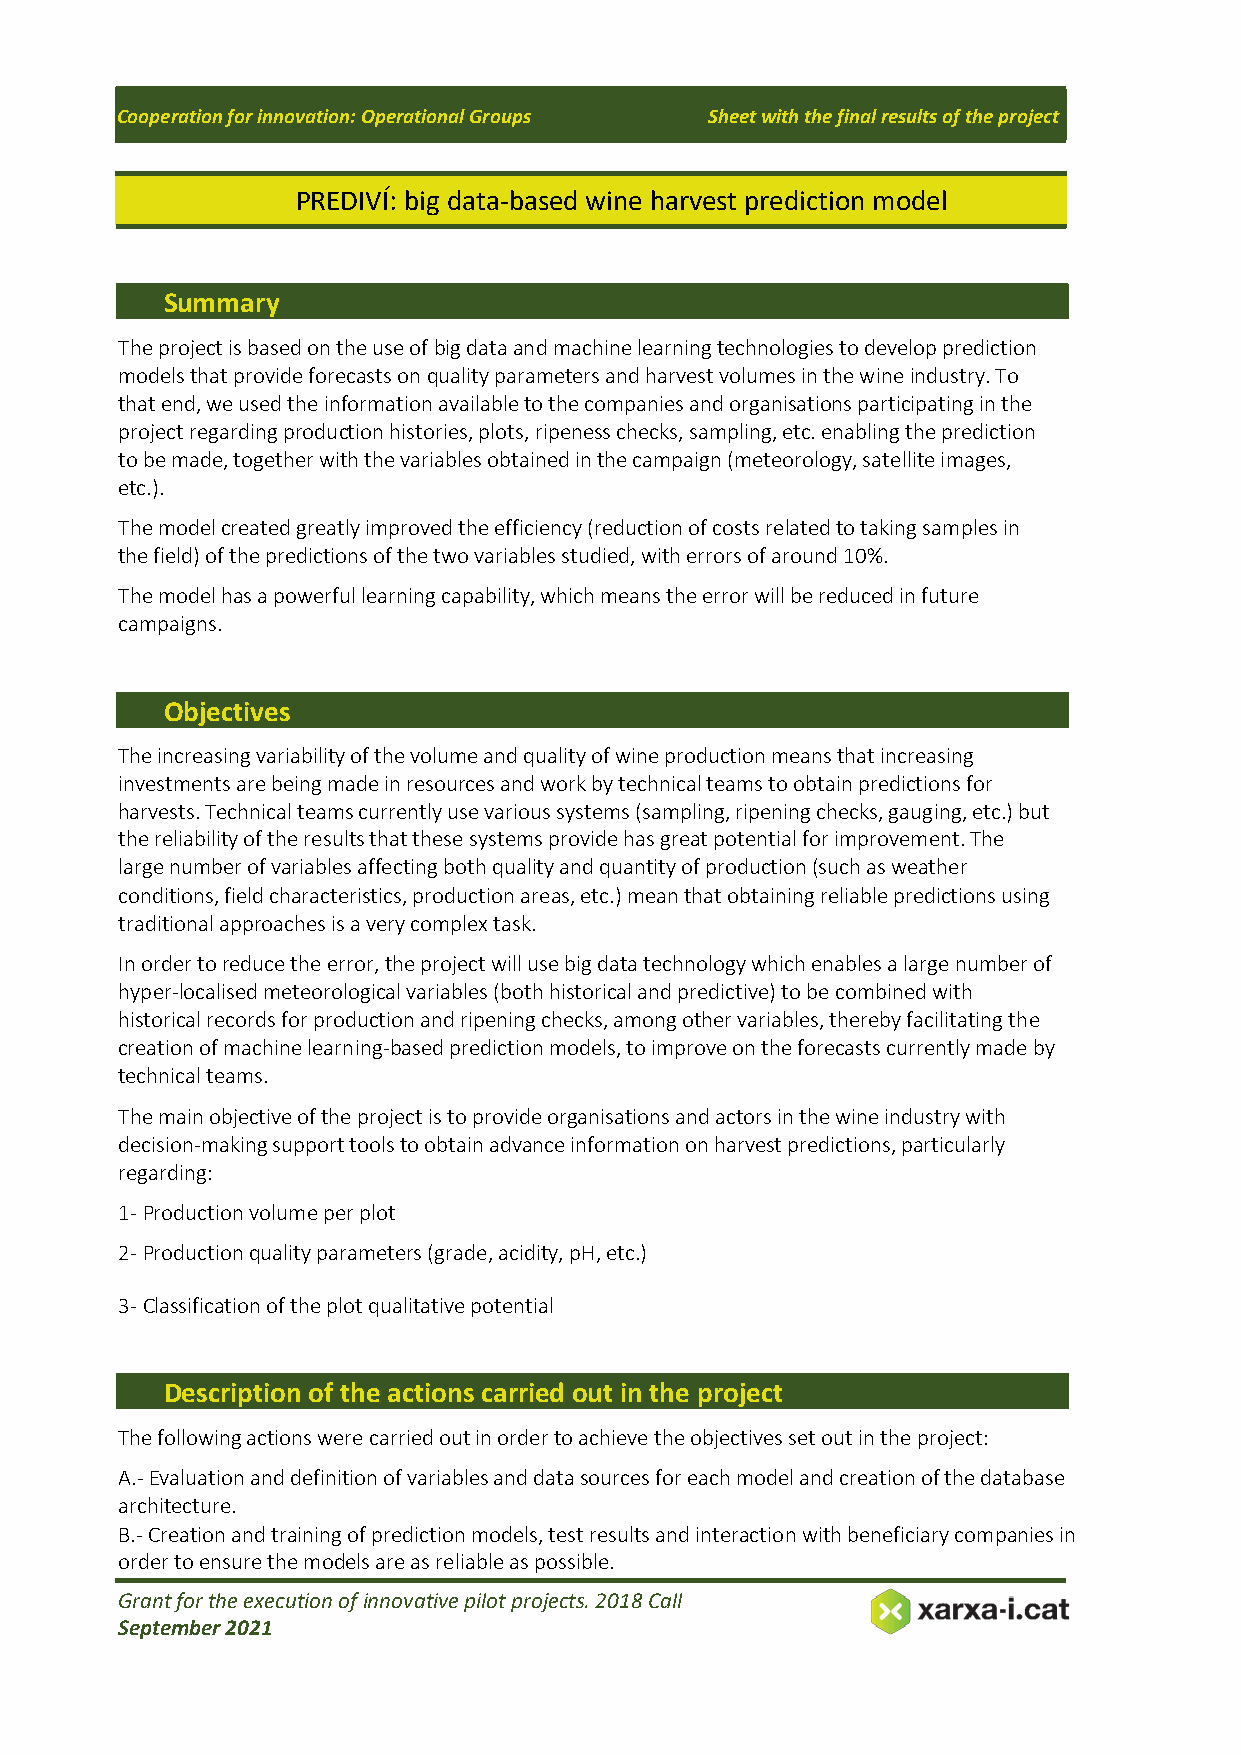
Cooperation for innovation: Operational Groups Sheet with the final results of the project
 PREDIVÍ: big data-based wine harvest prediction model
 Summary
 The project is based on the use of big data and machine learning technologies to develop prediction
 models that provide forecasts on quality parameters and harvest volumes in the wine industry. To
 that end, we used the information available to the companies and organisations participating in the
 project regarding production histories, plots, ripeness checks, sampling, etc. enabling the prediction
 to be made, together with the variables obtained in the campaign (meteorology, satellite images,
 etc.).
 The model created greatly improved the efficiency (reduction of costs related to taking samples in
 the field) of the predictions of the two variables studied, with errors of around 10%.
 The model has a powerful learning capability, which means the error will be reduced in future
 campaigns.
 Objectives
 The increasing variability of the volume and quality of wine production means that increasing
 investments are being made in resources and work by technical teams to obtain predictions for
 harvests. Technical teams currently use various systems (sampling, ripening checks, gauging, etc.) but
 the reliability of the results that these systems provide has great potential for improvement. The
 large number of variables affecting both quality and quantity of production (such as weather
 conditions, field characteristics, production areas, etc.) mean that obtaining reliable predictions using
 traditional approaches is a very complex task.
 In order to reduce the error, the project will use big data technology which enables a large number of
 hyper-localised meteorological variables (both historical and predictive) to be combined with
 historical records for production and ripening checks, among other variables, thereby facilitating the
 creation of machine learning-based prediction models, to improve on the forecasts currently made by
 technical teams.
 The main objective of the project is to provide organisations and actors in the wine industry with
 decision-making support tools to obtain advance information on harvest predictions, particularly
 regarding:
 1- Production volume per plot
 2- Production quality parameters (grade, acidity, pH, etc.)
 3- Classification of the plot qualitative potential
 Description of the actions carried out in the project
 The following actions were carried out in order to achieve the objectives set out in the project:
 A.- Evaluation and definition of variables and data sources for each model and creation of the database
 architecture.
 B.- Creation and training of prediction models, test results and interaction with beneficiary companies in
 order to ensure the models are as reliable as possible.
 Grant for the execution of innovative pilot projects. 2018 Call
 September 2021